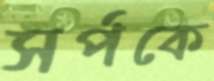
সর্পকে